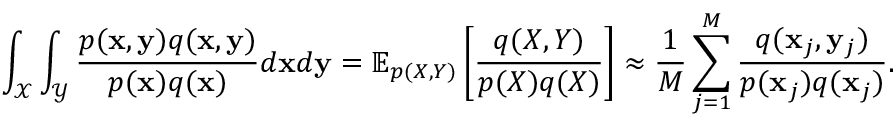
\int _ { \mathcal { X } } \int _ { \mathcal { Y } } \frac { p ( \mathbf { x } , \mathbf { y } ) q ( \mathbf { x } , \mathbf { y } ) } { p ( \mathbf { x } ) q ( \mathbf { x } ) } d \mathbf { x } d \mathbf { y } = \mathbb { E } _ { p ( X , Y ) } \left[ \frac { q ( X , Y ) } { p ( X ) q ( X ) } \right] \approx \frac { 1 } { M } \sum _ { j = 1 } ^ { M } \frac { q ( \mathbf { x } _ { j } , \mathbf { y } _ { j } ) } { p ( \mathbf { x } _ { j } ) q ( \mathbf { x } _ { j } ) } .